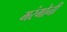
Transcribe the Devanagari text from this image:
मरंगोनी